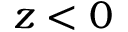
z < 0